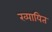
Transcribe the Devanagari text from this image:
ख्पायित